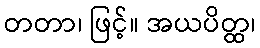
တတာ၊ ဖြင့်။ အယပိတ္ထ၊